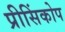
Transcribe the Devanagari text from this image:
प्रीसिंकोप